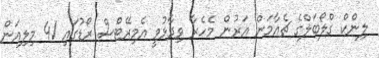
ލިންކް ގްލޯބަލްގެ ޗެއާމަން އަރުން މެހެރާ ވިދާޅުވީ އެމިރޭޓްސް ރޯޑުގައި 41 މިލިއަން